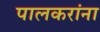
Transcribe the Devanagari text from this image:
पालकरांना